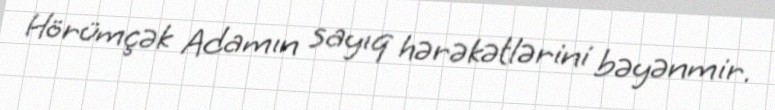
Hörümçək Adamın sayıq hərəkətlərini bəyənmir.